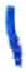
אות: י